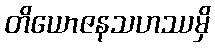
တိယောဇနသဟဿမှိ